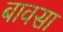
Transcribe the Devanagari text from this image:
बावसा